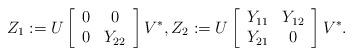
LaTeX: \begin{align*}Z_1:=U\left[\begin{array}{cc}0&0\\0&Y_{22}\end{array}\right]V^*,Z_2:=U\left[\begin{array}{cc}Y_{11}&Y_{12}\\Y_{21}&0\end{array}\right]V^*.\end{align*}